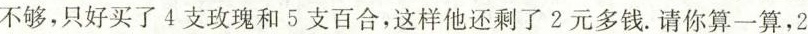
不够，只好买了4支玫瑰和5支百合，这样他还剩了2元多钱。请你算一算，2